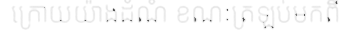
ក្រោយយ៉ាងដំណំ ខណៈត្រឡប់មកពី